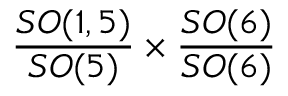
{ \frac { S O ( 1 , 5 ) } { S O ( 5 ) } } \times { \frac { S O ( 6 ) } { S O ( 6 ) } }